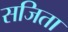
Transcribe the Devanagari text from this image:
सजिता